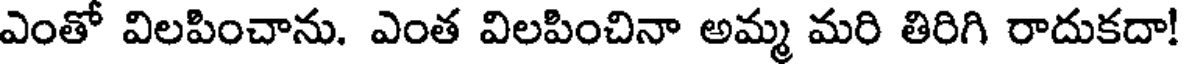
ఎంతో విలపించాను. ఎంత విలపించినా అమ్మ మరి తిరిగి రాదుకదా!